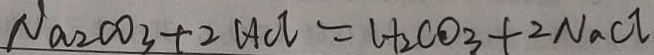
N a _ { 2 } C O _ { 3 } + 2 H C l = H _ { 2 } C O _ { 3 } + 2 N a C l